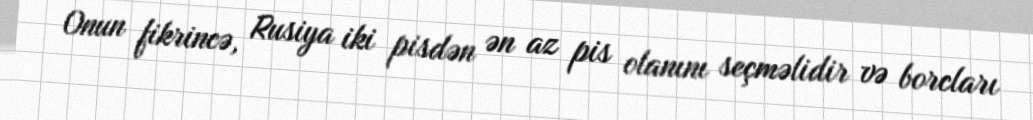
Onun fikrincə, Rusiya iki pisdən ən az pis olanını seçməlidir və borcları